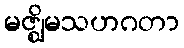
မဇ္ဈိမသဟဂတာ